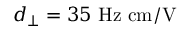
d _ { \perp } = 3 5 ~ \mathrm { H z \ c m / V }